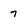
Character: 7